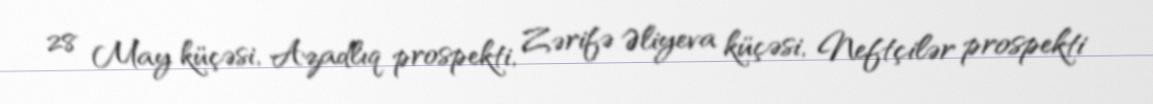
28 May küçəsi, Azadlıq prospekti, Zərifə Əliyeva küçəsi, Neftçilər prospekti